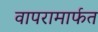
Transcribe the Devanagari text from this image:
वापरामार्फत